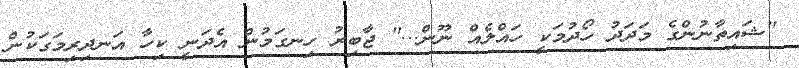
''ޝައިތާނުންގެ މަދަދު ހޯދުމަކީ ހައްލެއް ނޫން...'' ޖާބިރު ހިނގަމުން އެދަނީ ކިހާ އަނދިރިމަގަކުން